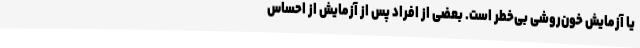
یا آزمایش خون‌روشی بی‌خطر است. بعضی از افراد پس از آزمایش از احساس